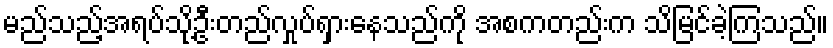
မည်သည့်အရပ်သို့ဦးတည်လှုပ်ရှားနေသည်ကို အစကတည်းက သိမြင်ခဲ့ကြသည်။